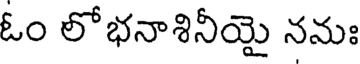
ఓం లోభనాశినీయై నమః